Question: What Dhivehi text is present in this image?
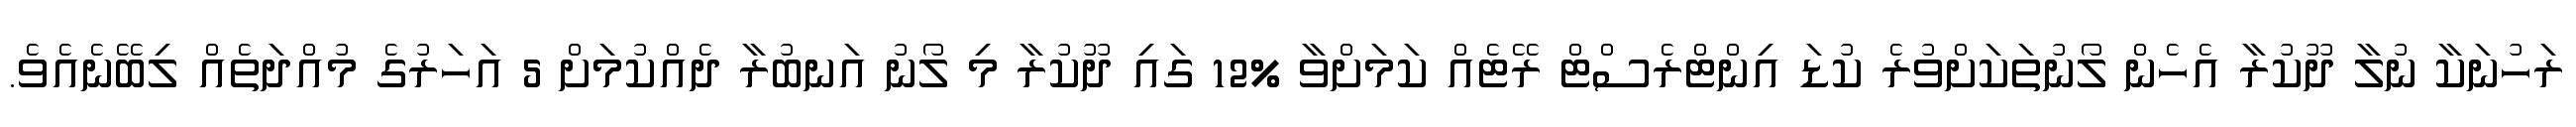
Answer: ރަހުނަކާ ނުލާ ދޫކުރާ އެހެން ލޯނުތަކަށްވުރެ ކުޑަ އިންޓްރެސްޓް ރޭޓެއް ކަމަށްވާ %12 ގައި ދޫކުރާ މި ލޯނު އަނބުރާ ދެއްކުމަށް 5 އަހަރުގެ މުއްދަތެއް ލިބޭނެއެވެ.